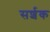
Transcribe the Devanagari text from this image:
सर्शक